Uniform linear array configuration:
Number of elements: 16
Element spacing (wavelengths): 1
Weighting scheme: hamming
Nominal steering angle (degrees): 0
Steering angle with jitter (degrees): -0.5583
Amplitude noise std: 0.05
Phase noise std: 0.05

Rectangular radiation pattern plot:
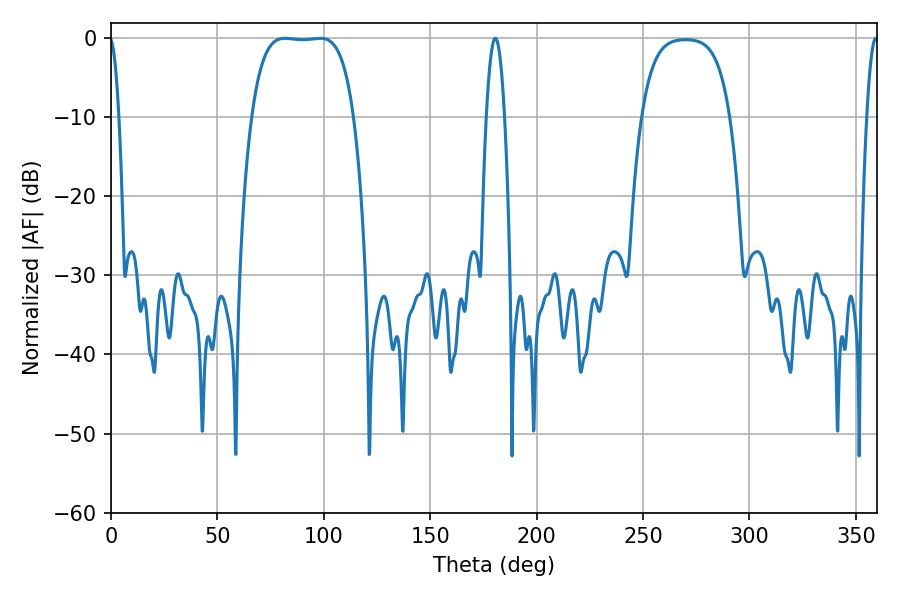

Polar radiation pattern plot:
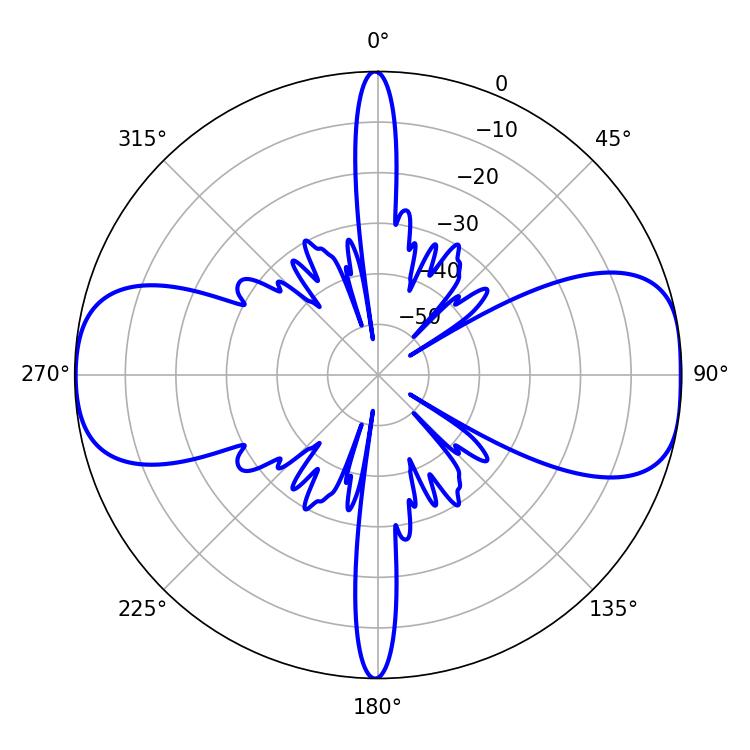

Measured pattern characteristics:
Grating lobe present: TRUE
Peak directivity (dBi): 11.228
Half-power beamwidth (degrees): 37.08
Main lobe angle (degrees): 81.72